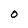
Character: 0